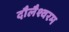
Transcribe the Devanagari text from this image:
दौलैश्वरम